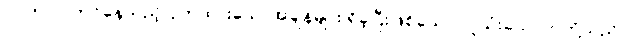
ပါဝင်လုပ်ကိုင်နေသည့် ဝှက်ထားသောအချိန်များ ရှိခဲ့ပြီးဖြစ်သော လူသုံးယောက်တို့သည်